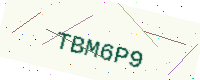
Text: TBM6P9